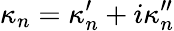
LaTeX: \kappa_{n}=\kappa_{n}^{\prime}+i\kappa_{n}^{\prime\prime}